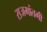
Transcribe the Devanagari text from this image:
राजमांतगी